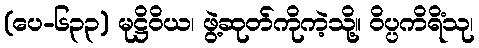
(ပေ-၆၃၃) မုဋ္ဌိဝိယ၊ ဖွဲ့ဆုတ်ကိုကဲ့သို့။ ဝိပ္ပကိရိံသု၊